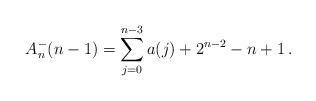
LaTeX: \begin{align*}A_n^-(n-1)=\sum_{j=0}^{n-3}a(j)+2^{n-2}-n+1\,.\end{align*}